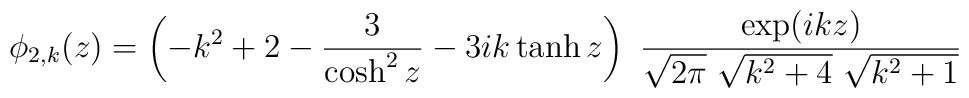
\phi_{2,k}(z) = \left(- k^2 + 2 - {{3} \over {\cosh^2 z}} - 3 i k \tanh z\right)\ {{\exp(ikz)} \over {\sqrt{2 \pi} \  \sqrt{k^2 + 4} \  \sqrt{k^2 + 1}}}